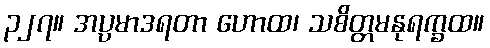
၃၂၇။ အပ္ပမာဒရတာ ဟောထ၊ သစိတ္တမနုရက္ခထ။